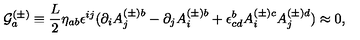
{ \cal G } _ { a } ^ { ( \pm ) } \equiv \frac { L } { 2 } \eta _ { a b } \epsilon ^ { i j } ( \partial _ { i } A _ { j } ^ { ( \pm ) b } - \partial _ { j } A _ { i } ^ { ( \pm ) b } + \epsilon _ { \mathrm { } c d } ^ { b } A _ { i } ^ { ( \pm ) c } A _ { j } ^ { ( \pm ) d } ) \approx 0 ,